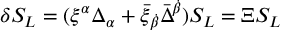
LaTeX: \delta S _ { L } = ( \xi ^ { \alpha } \Delta _ { \alpha } + \bar { \xi } _ { \dot { \beta } } \bar { \Delta } ^ { \dot { \beta } } ) S _ { L } = \Xi S _ { L }